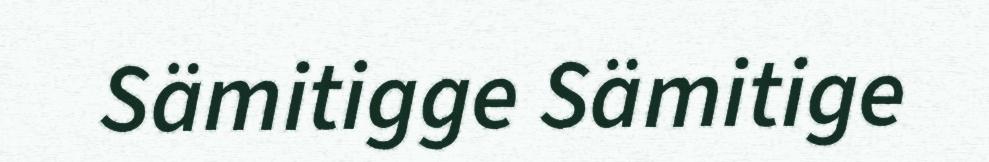
Sämitigge Sämitige